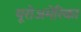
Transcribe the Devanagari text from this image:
यूरोअमेरिका